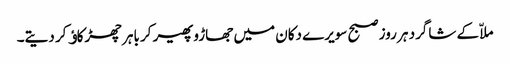
ملاّ کے شاگرد ہر روز صبح سویرے دکان میں جھاڑو پھیر کر باہر چھڑکاﺅ کر دیتے۔